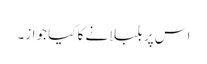
اس پر بلبلانے کا کیا جواز۔